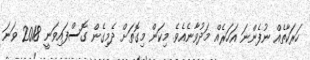
ހަރަކާތެއް ނުފެންނަ އަހަރެއް މަދުވާނެއެވެ. މިކަން މިގޮތަށް ދެމިގެން ގޮސްފައިވަނީ 2018 ވަނަ